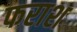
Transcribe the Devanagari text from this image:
फराश